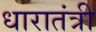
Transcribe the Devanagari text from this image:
धारातंत्री